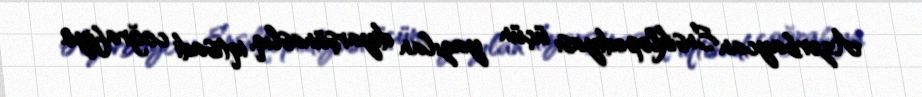
Azərbaycan Ensiklopediyası üçün yazılan diyarşünaslıq, iqtisadi coğrafiya